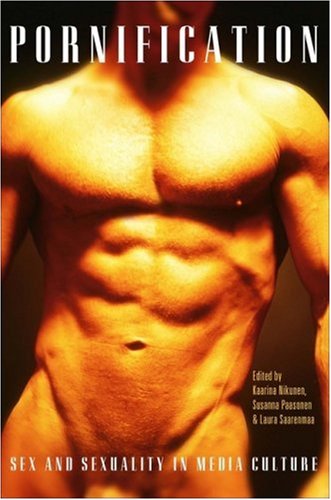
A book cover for Pornification: Sex and Sexuality in Media Culture; Politics & Social Sciences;